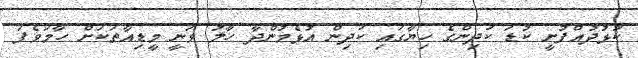
ކުޅުދުއްފުށީ ކުޑަ ކުދިންގެ ހިޔާގައި ކުދިން އުޅެމުންދާ ހާލު ވަނީ މީޑިއާތަކަށް ހާމަވެފަ